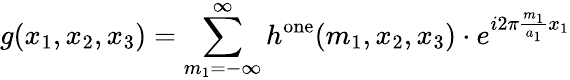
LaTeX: g(x_{1},x_{2},x_{3})=\sum_{m_{1}=-\infty}^{\infty}h^{\mathrm{one}}(m_{1},x_{2},x_{3})\cdot e^{i2\pi{\frac{m_{1}}{a_{1}}}x_{1}}